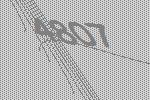
4807